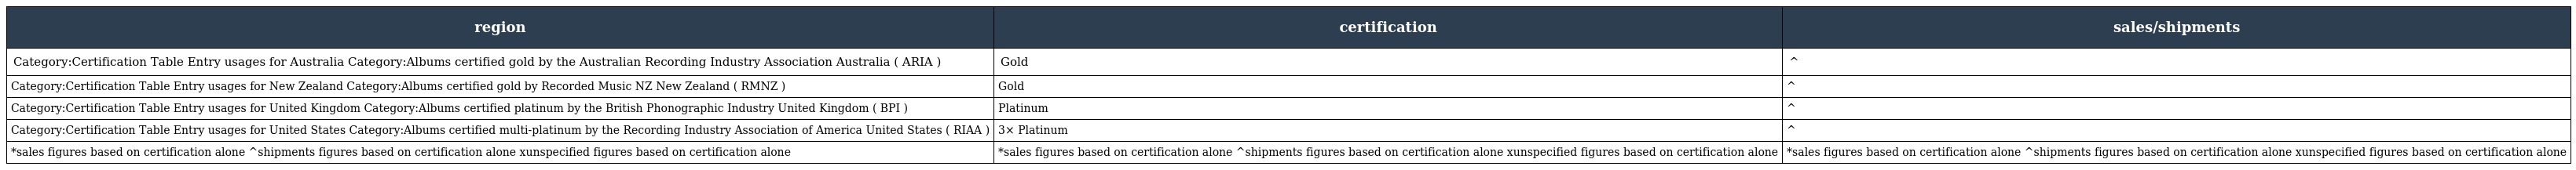
| region | certification | sales/shipments |
 | --- | --- | --- |
 | Category:Certification Table Entry usages for Australia Category:Albums certified gold by the Australian Recording Industry Association Australia ( ARIA ) | Gold | ^ |
 | Category:Certification Table Entry usages for New Zealand Category:Albums certified gold by Recorded Music NZ New Zealand ( RMNZ ) | Gold | ^ |
 | Category:Certification Table Entry usages for United Kingdom Category:Albums certified platinum by the British Phonographic Industry United Kingdom ( BPI ) | Platinum | ^ |
 | Category:Certification Table Entry usages for United States Category:Albums certified multi-platinum by the Recording Industry Association of America United States ( RIAA ) | 3× Platinum | ^ |
 | *sales figures based on certification alone ^shipments figures based on certification alone xunspecified figures based on certification alone | *sales figures based on certification alone ^shipments figures based on certification alone xunspecified figures based on certification alone | *sales figures based on certification alone ^shipments figures based on certification alone xunspecified figures based on certification alone |